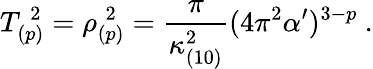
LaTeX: T_{(p)}^{\; 2}=\rho_{(p)}^{\; 2}=\frac{\pi}{\kappa_{(10)}^{2}}(4\pi^{2}\alpha^{\prime})^{3-p}\ .